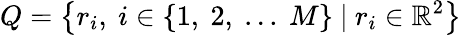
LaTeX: Q=\big\{ r_{i},\ i\in\{ 1,\ 2,\ ...\ M\} \ |\ r_{i}\in\mathbb{R}^{2}\big\}